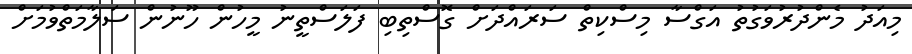
މިއަދު މެންދުރުވަގުތު އަގްސާ މިސްކިތް ސަރަައްދަށް ގޮސްތިބި ފަލަސްތީނު މީހުން ހޫނުން ސަލާމަތްވުމަށް